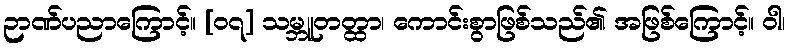
ဉာဏ်ပညာကြောင့်။ [၀၇] သမ္ဘူတတ္ထာ၊ ကောင်းစွာဖြစ်သည်၏ အဖြစ်ကြောင့်။ ဝါ၊